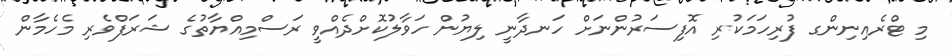
މި ޓްރެއިނިންގ ފުރިހަމަކުރި އޮފިސަރުންނަށް ހަނދާނީ ލިޔުން ހަވާލުކޮށްދެއްވީ ރަސްމިއްޔާތުގެ ޝަރަފްވެރި މެހެމާން